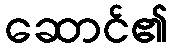
ဆောင်၏